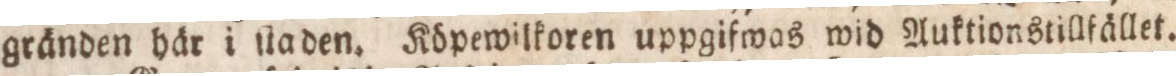
gränden här i ſtaden. Köpewilkoren uppgifwas wid Auktionstillfället.